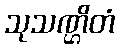
သုသဏ္ဌိတံ